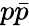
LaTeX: p\bar{p}